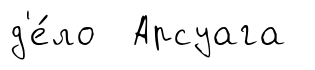
д'е́ло Арсуага